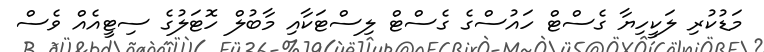
މަޑުކުރި ލަކީހިޔާ ގެސްޓް ހައުސްގެ ގެސްޓް ލިސްޓަކާއި މާބުލް ހޮޓަލުގެ ސިޓީއެއް ވެސް